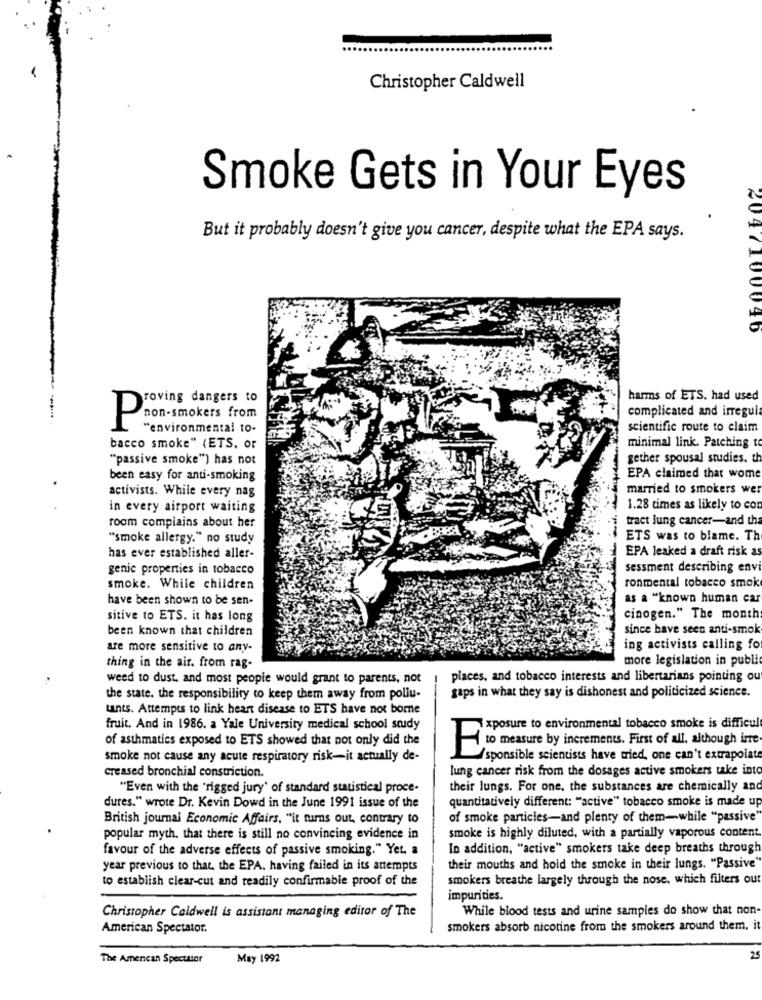
Christopher Caldwell
Smoke Gets in Your Eyes
But it probably doesn't give you cancer, despite what the EPA says.
2047100040
roving dangers to
harms of ETS. had used
complicated and irregul
Pnon smokers from
"environmental to-
scientific route to claim
minimal link. Patching to
bacco smoke" (ETS. or
"passive smoke") has not
gether spousal studies. th
been easy for anti-smoking
EPA claimed that wome
married to smokers wer
activists. While every nag
in every airport waiting
1.28 times as likely to con
room complains about her
tract lung cancer-and the
"smoke allergy." no study
ETS was to blame. Th
EPA leaked a draft risk as
has ever established aller-
genic properties in tobacco
sessment describing envi
ronmental tobacco smok
smoke. While children
have been shown to be sen-
as a "known human car
sitive to ETS. it has long
cinogen." The month
been known that children
since have seen anti-smok
are more sensitive to any-
ing activists calling fo
thing in the air. from rag-
more legislation in publi
weed to dust. and most people would grant to parents, not
places, and tobacco interests and libertarians pointing ou
the state. the responsibility to keep them away from pollu-
gaps in what they say is dishonest and politicized science.
tants. Attempts to link heart disease to ETS have not borne
fruit. And in 1986. a Yale University medical school study
xposure to environmental tobacco smoke is difficul
of asthmatics exposed to ETS showed that not only did the
to measure by increments. First of all, although inte-
smoke not cause any acute respiratory risk-it actually de-
/sponsible scientists have tried, one can't extrapolate
Creased bronchial constriction.
lung cancer risk from the dosages active smokers take into
"Even with the 'rigged jury' of standard statistical proce-
their lungs. For one, the substances are chemically and
quantitatively different: "active" tobacco smoke is made up
dures." wrote Dr. Kevin Dowd in the June 1991 issue of the
British journal Economic Affairs, "it turns out, contrary to
of smoke particles-and plenty of them-while "passive'
smoke is highly diluted, with a partially vaporous content.
popular myth. that there is still no convincing evidence in
favour of the adverse effects of passive smoking." Yet. a
In addition, "active" smokers take deep breaths through
year previous to that, the EPA. having failed in its attempts
their mouths and hold the smoke in their lungs. "Passive'
to establish clear-cut and readily confirmable proof of the
smokers breathe largely through the nose, which filters out
impurities.
While blood tests and urine samples do show that non-
Christopher Caldwell is assistant managing editor of The
American Spectator.
smokers absorb nicotine from the smokers around them, it
The Amencan Spectator
May 1992
2